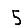
Digit: 5